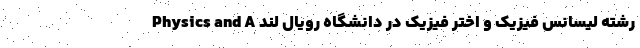
رشته لیسانس فیزیک و اختر فیزیک در دانشگاه رویال لند Physics and A